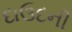
દાઉદની